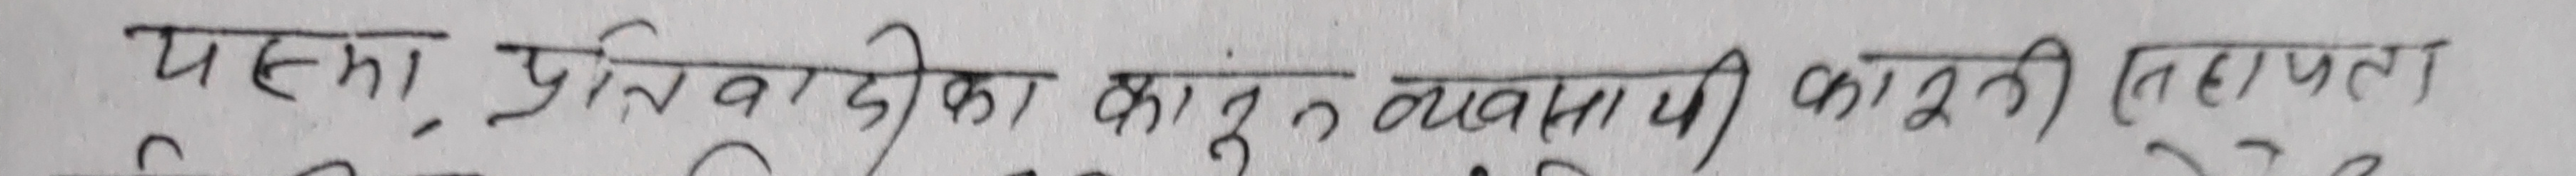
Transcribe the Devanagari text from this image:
पहिला प्रतिवादीको कानून व्यवसायी कानूनी